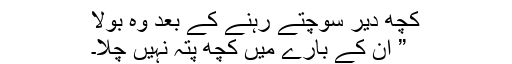
کچھ دیر سوچتے رہنے کے بعد وہ بولا
” ان کے بارے میں کچھ پتہ نہیں چلا۔